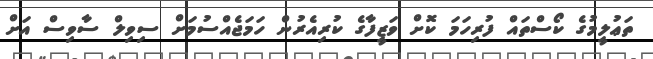
ތަޢުލީމުގެ ކޯސްތައް ފުރިހަމަ ކޮށް ވަޒީފާގެ ކުރިއެރުން ހަމަޖެއްސުމަށް ސިވިލް ސާވިސް އަށް